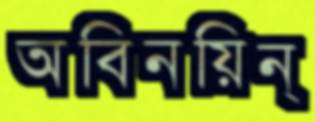
অবিনয়িন্